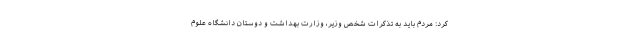
کرد: مردم باید به تذکرات شخص وزیر، وزارت بهداشت و دوستان دانشگاه علوم